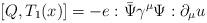
LaTeX: \begin{align*}[Q,T_1(x)] = -e:\bar{\Psi} \gamma^\mu \Psi: \partial_\mu u\end{align*}